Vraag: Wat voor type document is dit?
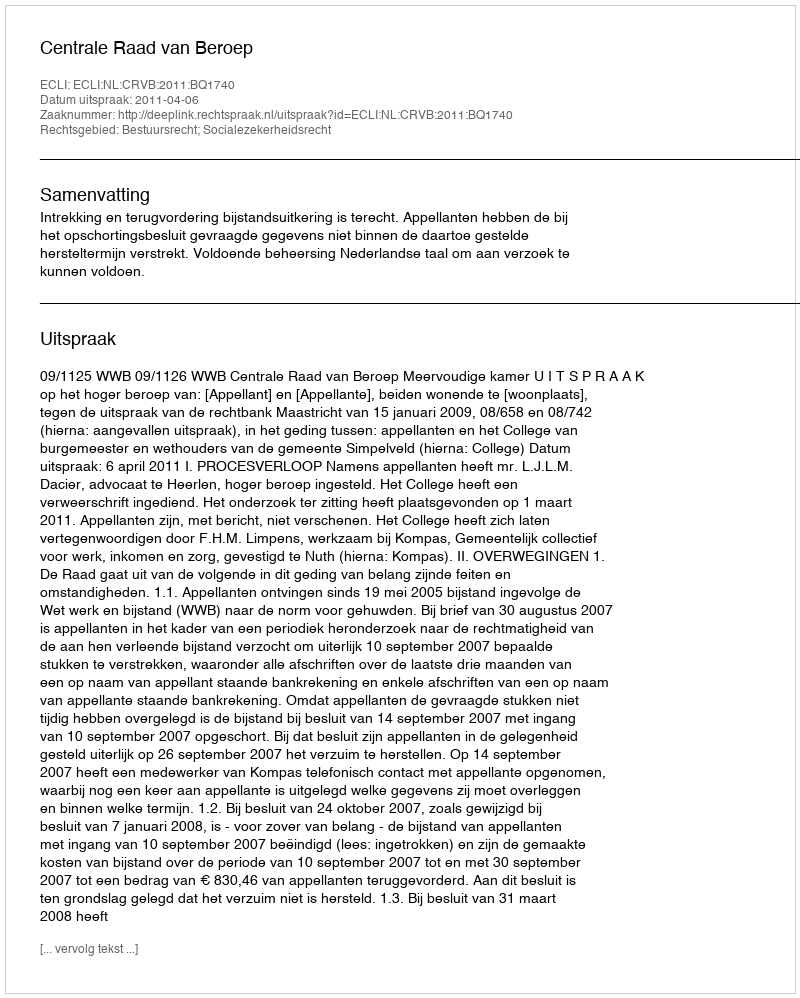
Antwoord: Uitspraak